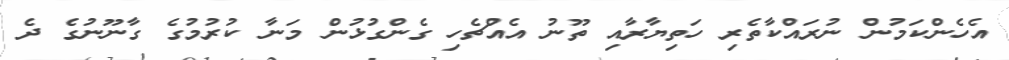
އެހެންކަމުން ނުރައްކާތެރި ހަތިޔާރާއި ތޫނު އެއްޗެހި ގެންގުޅުން މަނާ ކުރުމުގެ ގާނޫނުގެ ދެ